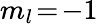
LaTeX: m_{l}\! =\! -1